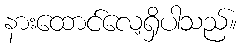
နားထောင်လေ့ရှိပါသည်။